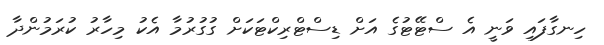
ހިނގާފައި ވަނީ އެ ސްޓޭޓުގެ އަށް ޑިސްޓްރިކްޓަކަށް ގުގުރުމާ އެކު މިހާރު ކުރަމުންދާ